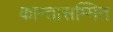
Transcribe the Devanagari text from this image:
कान्तासम्मित